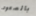
بالصعود